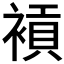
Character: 𧜙